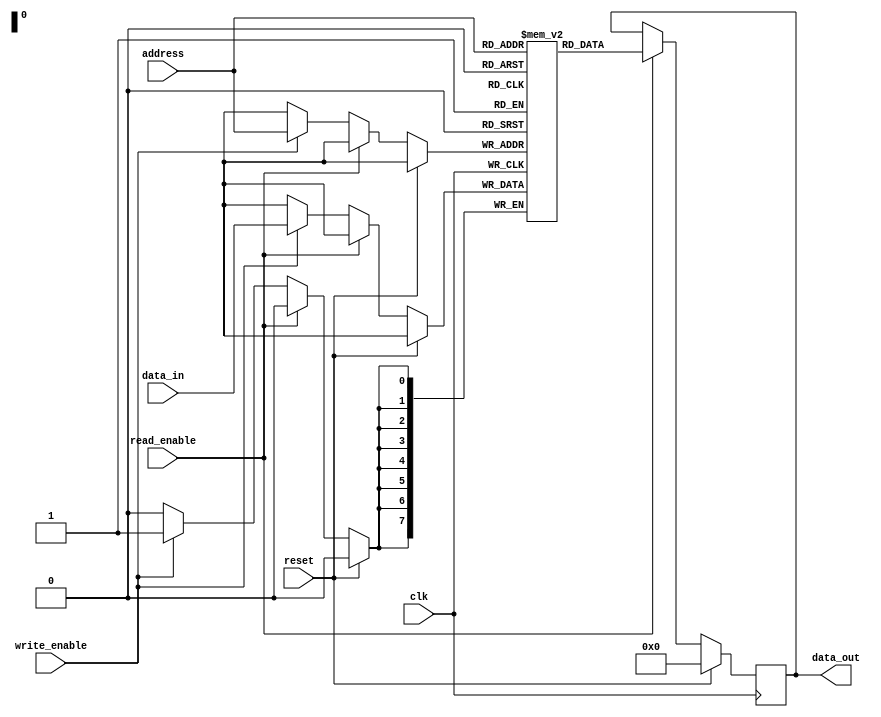
module QDR_SRAM (
    input wire clk,
    input wire reset,
    input wire [7:0] address,
    input wire [7:0] data_in,
    output wire [7:0] data_out,
    input wire write_enable,
    input wire read_enable
);
    
reg [7:0] memory [0:255]; // 256 memory locations
reg [7:0] data_out_reg;

always @(posedge clk) begin
    if (reset) begin
        data_out_reg <= 8'h00;
    end else begin
        if (read_enable) begin
            data_out_reg <= memory[address];
        end else if (write_enable) begin
            memory[address] <= data_in;
        end
    end
end

assign data_out = data_out_reg;

endmodule